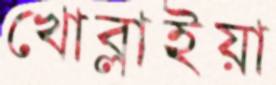
খোব্‌লাইয়া